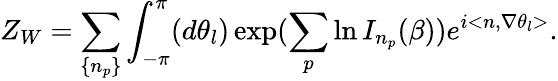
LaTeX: Z_{W}=\sum_{\left\{ n_{p}\right\} }\int_{-\pi}^{\pi}(d\theta_{l})\exp(\sum_{p}\ln I_{n_{p}}(\beta))e^{i<n,\nabla\theta_{l}>}.